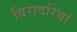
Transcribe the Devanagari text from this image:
बिरादरियां